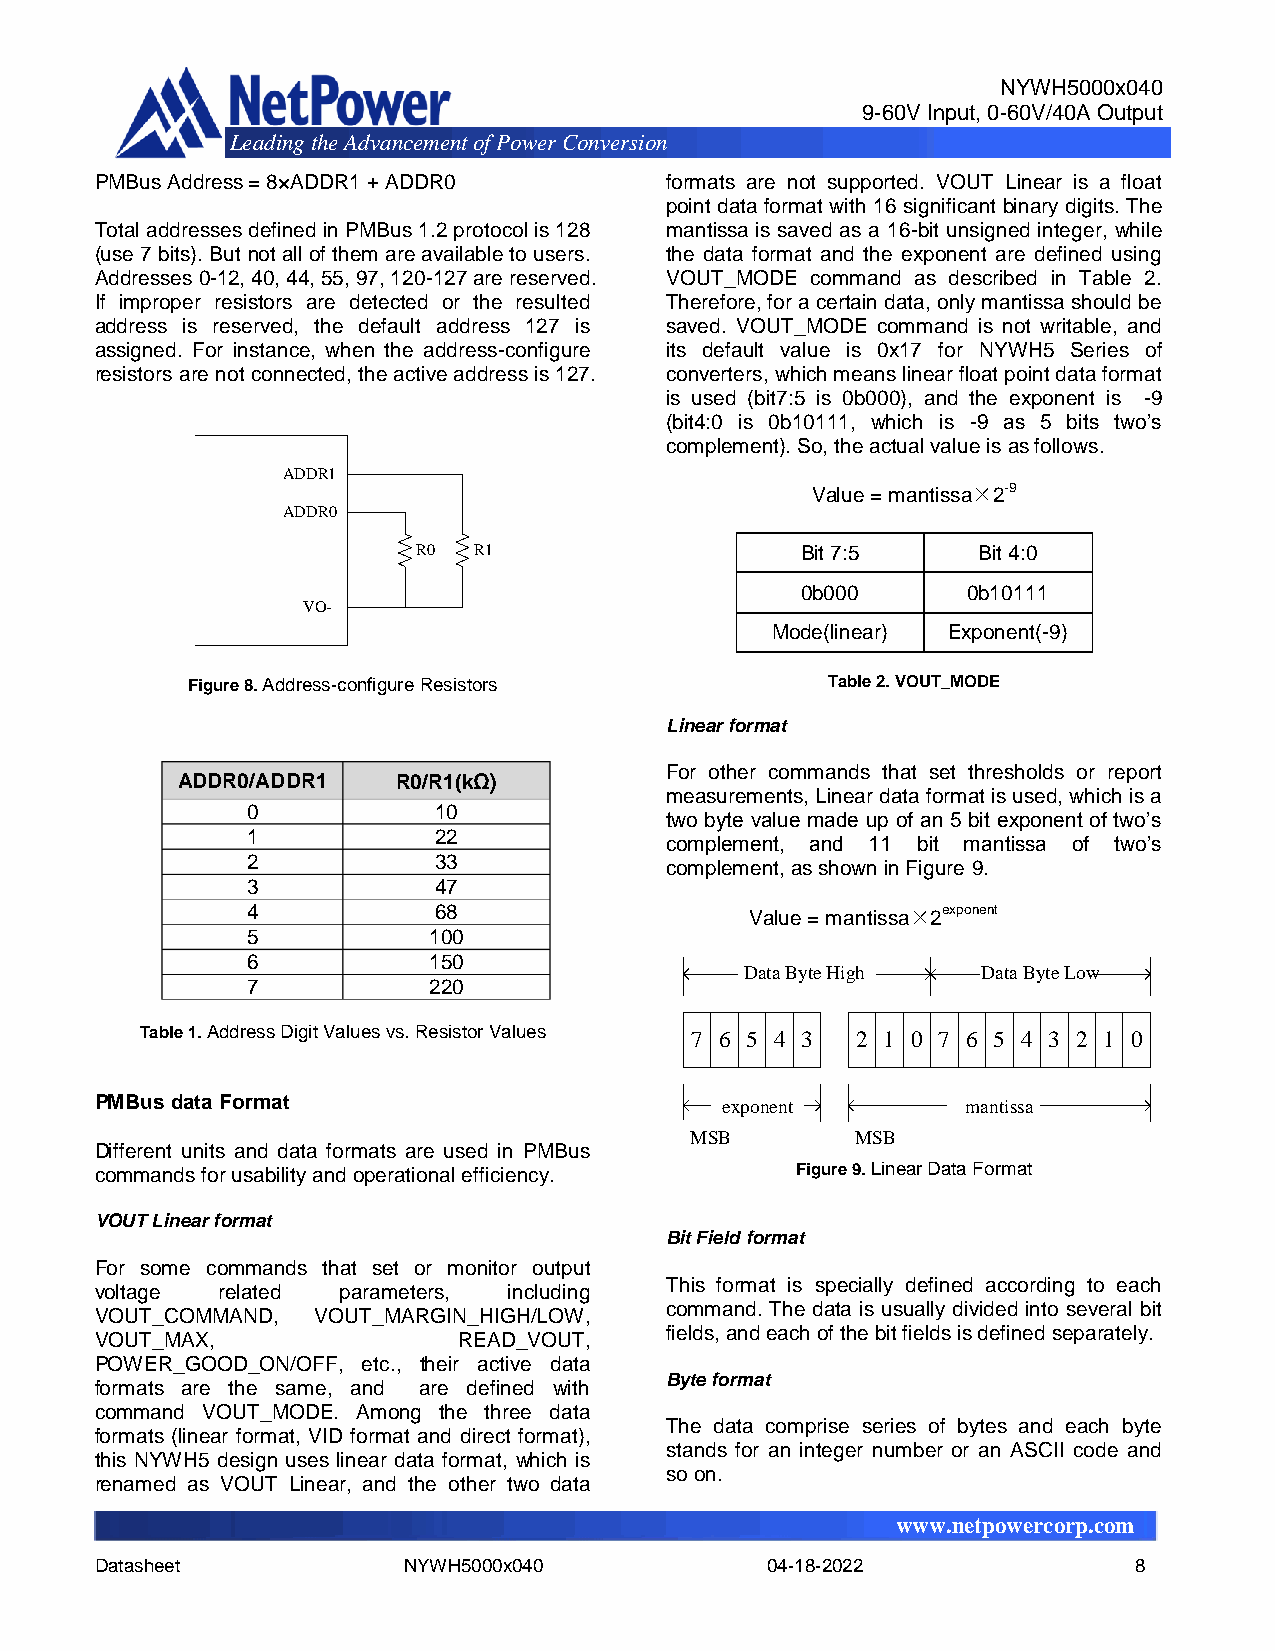
NYWH5000x040
 9-60V Input, 0-60V/40A Output
 Leading the Advancement of Power Conver sion
 PMBus Address = 8×ADDR1 + ADDR0       formats are not supported. VOUT Linear is a float
 point data format with 16 significant binary digits. The
 Total addresses defined in PMBus 1.2 protocol is 128 mantissa is saved as a 16-bit unsigned integer, while
 (use 7 bits). But not all of them are available to users. the data format and the exponent are defined using
 Addresses 0-12, 40, 44, 55, 97, 120-127 are reserved. VOUT_MODE command as described in Table 2.
 If improper resistors are detected or the resulted Therefore, for a certain data, only mantissa should be
 address is reserved, the default address 127 is saved. VOUT_MODE command is not writable, and
 assigned. For instance, when the address-configure its default value is 0x17 for NYWH5 Series of
 resistors are not connected, the active address is 127. converters, which means linear float point data format
 is used (bit7:5 is 0b000), and the exponent is -9
 (bit4:0 is 0b10111, which is -9 as 5 bits two’s
 complement). So, the actual value is as follows.
 ADDR1
 Value = mantissa×2-9
 ADDR0
 R0 R1                    Bit 7:5     Bit 4:0
 0b000      0b10111
 VO-
 Mode(linear) Exponent(-9)
 Figure 8. Address-configure Resistors      Table 2. VOUT_MODE
 Linear format
 For other commands that set thresholds or report
 ADDR0/ADDR1   R0/R1(kΩ)
 measurements, Linear data format is used, which is a
 0            10
 two byte value made up of an 5 bit exponent of two’s
 1            22
 complement, and 11 bit mantissa of two’s
 2            33             complement, as shown in Figure 9.
 3            47
 4            68                   Value = mantissa×2exponent
 5           100
 6           150
 Data Byte High  Data Byte Low
 7           220
 Table 1. Address Digit Values vs. Resistor Values 7 6 5 4 3 2 1 0 7 6 5 4 3 2 1 0
 PMBus data Format                         exponent        mantissa
 MSB        MSB
 Different units and data formats are used in PMBus
 commands for usability and operational efficiency. Figure 9. Linear Data Format
 VOUT Linear format
 Bit Field format
 For some commands that set or monitor output
 This format is specially defined according to each
 voltage related  parameters, including
 command. The data is usually divided into several bit
 VOUT_COMMAND,  VOUT_MARGIN_HIGH/LOW,
 fields, and each of the bit fields is defined separately.
 VOUT_MAX,               READ_VOUT,
 POWER_GOOD_ON/OFF, etc., their active data
 Byte format
 formats are the same, and are defined with
 command VOUT_MODE. Among the three data
 The data comprise series of bytes and each byte
 formats (linear format, VID format and direct format),
 stands for an integer number or an ASCII code and
 this NYWH5 design uses linear data format, which is
 so on.
 renamed as VOUT Linear, and the other two data
 www.netpowercorp.com
 Datasheet            NYWH5000x040            04-18-2022              8